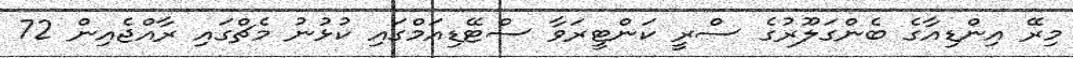
މިރޭ އިންޑިއާގެ ބެންގަލޫރުގެ ސްރީ ކަންޓީރަވާ ސްޓޭޑިއަމްގައި ކުޅުނު މެޗްގައި ރާއްޖެއިން 72